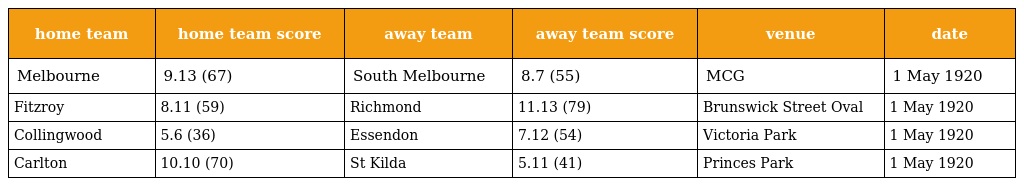
| home team | home team score | away team | away team score | venue | date |
 | --- | --- | --- | --- | --- | --- |
 | Melbourne | 9.13 (67) | South Melbourne | 8.7 (55) | MCG | 1 May 1920 |
 | Fitzroy | 8.11 (59) | Richmond | 11.13 (79) | Brunswick Street Oval | 1 May 1920 |
 | Collingwood | 5.6 (36) | Essendon | 7.12 (54) | Victoria Park | 1 May 1920 |
 | Carlton | 10.10 (70) | St Kilda | 5.11 (41) | Princes Park | 1 May 1920 |